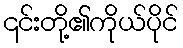
၎င်းတို့၏ကိုယ်ပိုင်